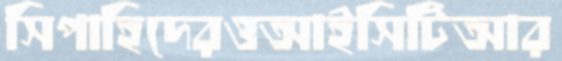
সিপাহিদেরওআইসিটিআর